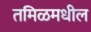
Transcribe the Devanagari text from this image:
तमिळमधील